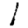
Digit: 1